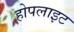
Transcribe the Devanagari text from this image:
होपलाइट